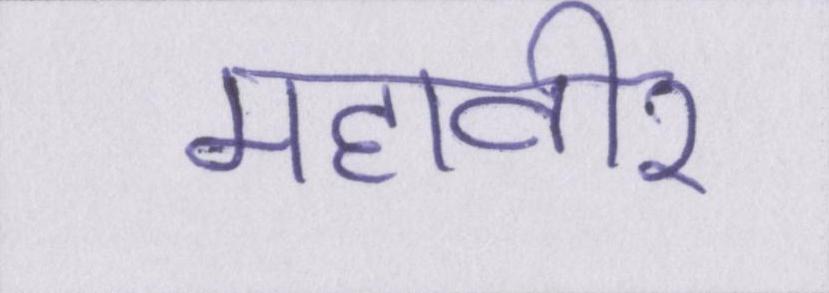
महावीर